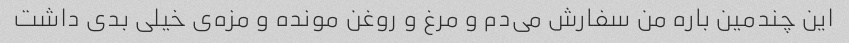
این چندمین باره من سفارش می‌دم و مرغ و روغن مونده و مزه‌ی خیلی بدی داشت